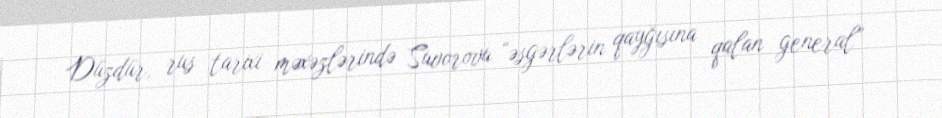
Düzdür, rus tarixi məxəzlərində Suvorovu “əsgərlərin qayğısına qalan general”